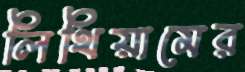
লিথিয়ামের